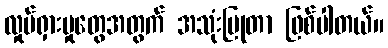
လှုပ်ရှားမှုတွေအတွက် အသုံးပြုတာ ဖြစ်ပါတယ်။